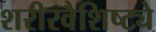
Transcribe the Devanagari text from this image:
शरीरवैशिष्ट्ये